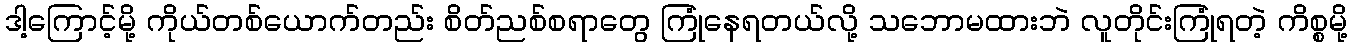
ဒါ့ကြောင့်မို့ ကိုယ်တစ်ယောက်တည်း စိတ်ညစ်စရာတွေ ကြုံနေရတယ်လို့ သဘောမထားဘဲ လူတိုင်းကြုံရတဲ့ ကိစ္စမို့